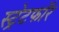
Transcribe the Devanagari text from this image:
स्ट्रेटफॉर